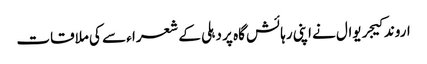
اروند کیجریوال نے اپنی رہائش گاہ پر دہلی کے شعرا ء سے کی ملاقات